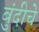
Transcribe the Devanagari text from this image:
बुंदीचे